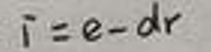
\[
i = e - dr
\]